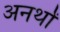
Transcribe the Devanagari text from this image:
अनर्थों